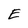
Character: E